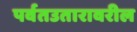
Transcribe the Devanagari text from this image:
पर्वतउतारावरील